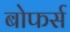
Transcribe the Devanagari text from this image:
बोफर्स